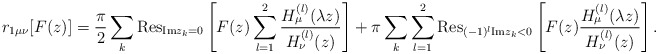
\begin{align*}r_{1\mu \nu }[F(z)]=\frac{\pi}{2}\sum_{k}{\mathrm{Res}}_{{\mathrm{Im}}z_k=0}\left[ F(z)\sum_{l=1}^{2}\frac{H^{(l)}_{\mu }(\lambda z)}{H^{(l)}_{\nu }(z)}\right] +\pi \sum_{k}\sum_{l=1}^{2}{\mathrm{Res}}_{(-1)^l{\mathrm{Im}}z_k<0}\left[ F(z)\frac{H^{(l)}_{\mu }(\lambda z)}{H^{(l)}_{\nu }(z)}\right] .\end{align*}